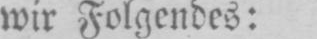
wir Folgendes: